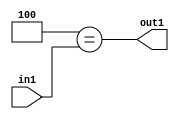
`timescale 1ps / 1ps
/*****************************************************************************
    Verilog RTL Description
    
    
    Created by: Stratus DpOpt 2019.1.01 
*******************************************************************************/

module feature_write_addr_gen_Eqi4u3_4_2 (
	in1,
	out1
	); /* architecture "behavioural" */ 
input [2:0] in1;
output  out1;
wire  asc001;

assign asc001 = (8'B00000100==in1);

assign out1 = asc001;
endmodule

/* CADENCE  urjyTgg= : u9/ySgnWtBlWxVPRXgAZ4Og= ** DO NOT EDIT THIS LINE ******/